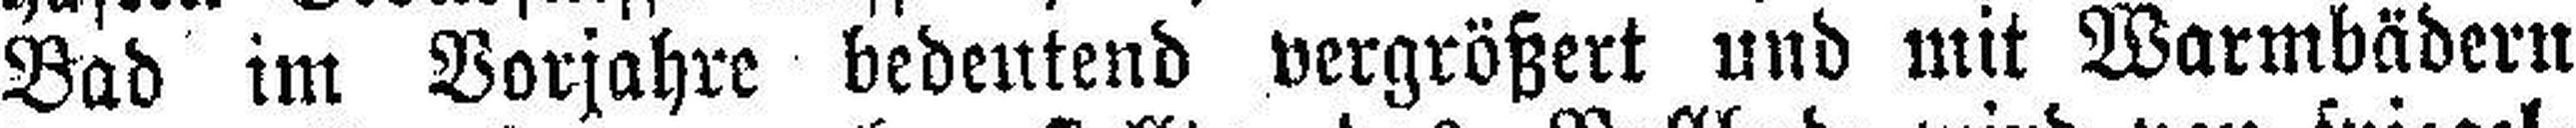
Bad im Vorjahre bedeutend vergrößert und mit Warmbädern